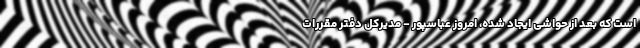
است که بعد از حواشی ایجاد شده، امروز عباسپور - مدیرکل دفتر مقررات